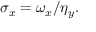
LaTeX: \sigma _ { x } = \omega _ { x } / \eta _ { y } .